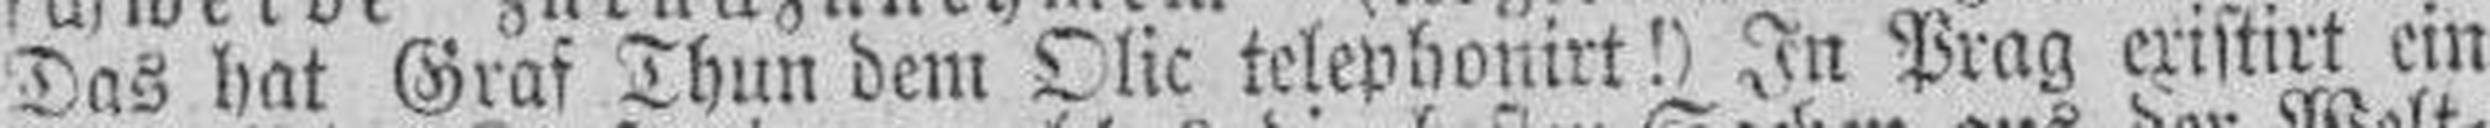
Das hat Graf Thun dem Olic telephonirt!) In Prag existirt ein